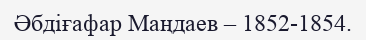
Әбдіғафар Маңдаев – 1852-1854.